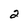
Character: 2